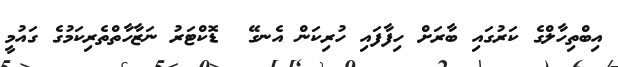
އިބްތިހާލްގެ ކަރުގައި ބާރަށް ހިފާފައި ހުރިކަން އެނގޭ  ޑޮކްޓަރު ނަޒާހާތްތެރިކަމުގެ ގައުމީ